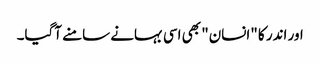
اور اندر کا "انسان" بھی اسی بہانے سامنے آگیا۔